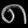
Digit: ၈